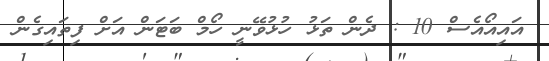
އައިއޯއެސް 10 : ދެން ތަޅު ހުޅުވޭނީ ހޯމް ބަޓަން އަށް ފިތައިގެން